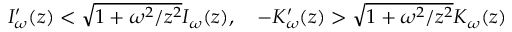
I _ { \omega } ^ { \prime } ( z ) < \sqrt { 1 + \omega ^ { 2 } / z ^ { 2 } } I _ { \omega } ( z ) , \quad - K _ { \omega } ^ { \prime } ( z ) > \sqrt { 1 + \omega ^ { 2 } / z ^ { 2 } } K _ { \omega } ( z )